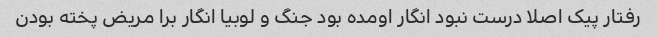
رفتار پیک اصلا درست نبود انگار اومده بود جنگ و لوبیا انگار برا مریض پخته بودن